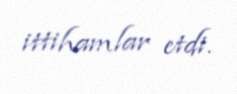
ittihamlar etdi.